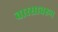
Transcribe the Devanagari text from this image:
वारसावरून